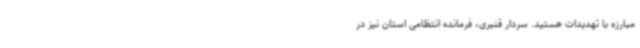
مبارزه با تهدیدات هستید. سردار قنبری، فرمانده انتظامی استان نیز در